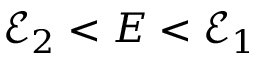
\mathcal { E } _ { 2 } < E < \mathcal { E } _ { 1 }